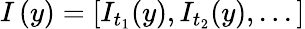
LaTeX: I\left(y\right)=[I_{t_{1}}(y),I_{t_{2}}(y),...]